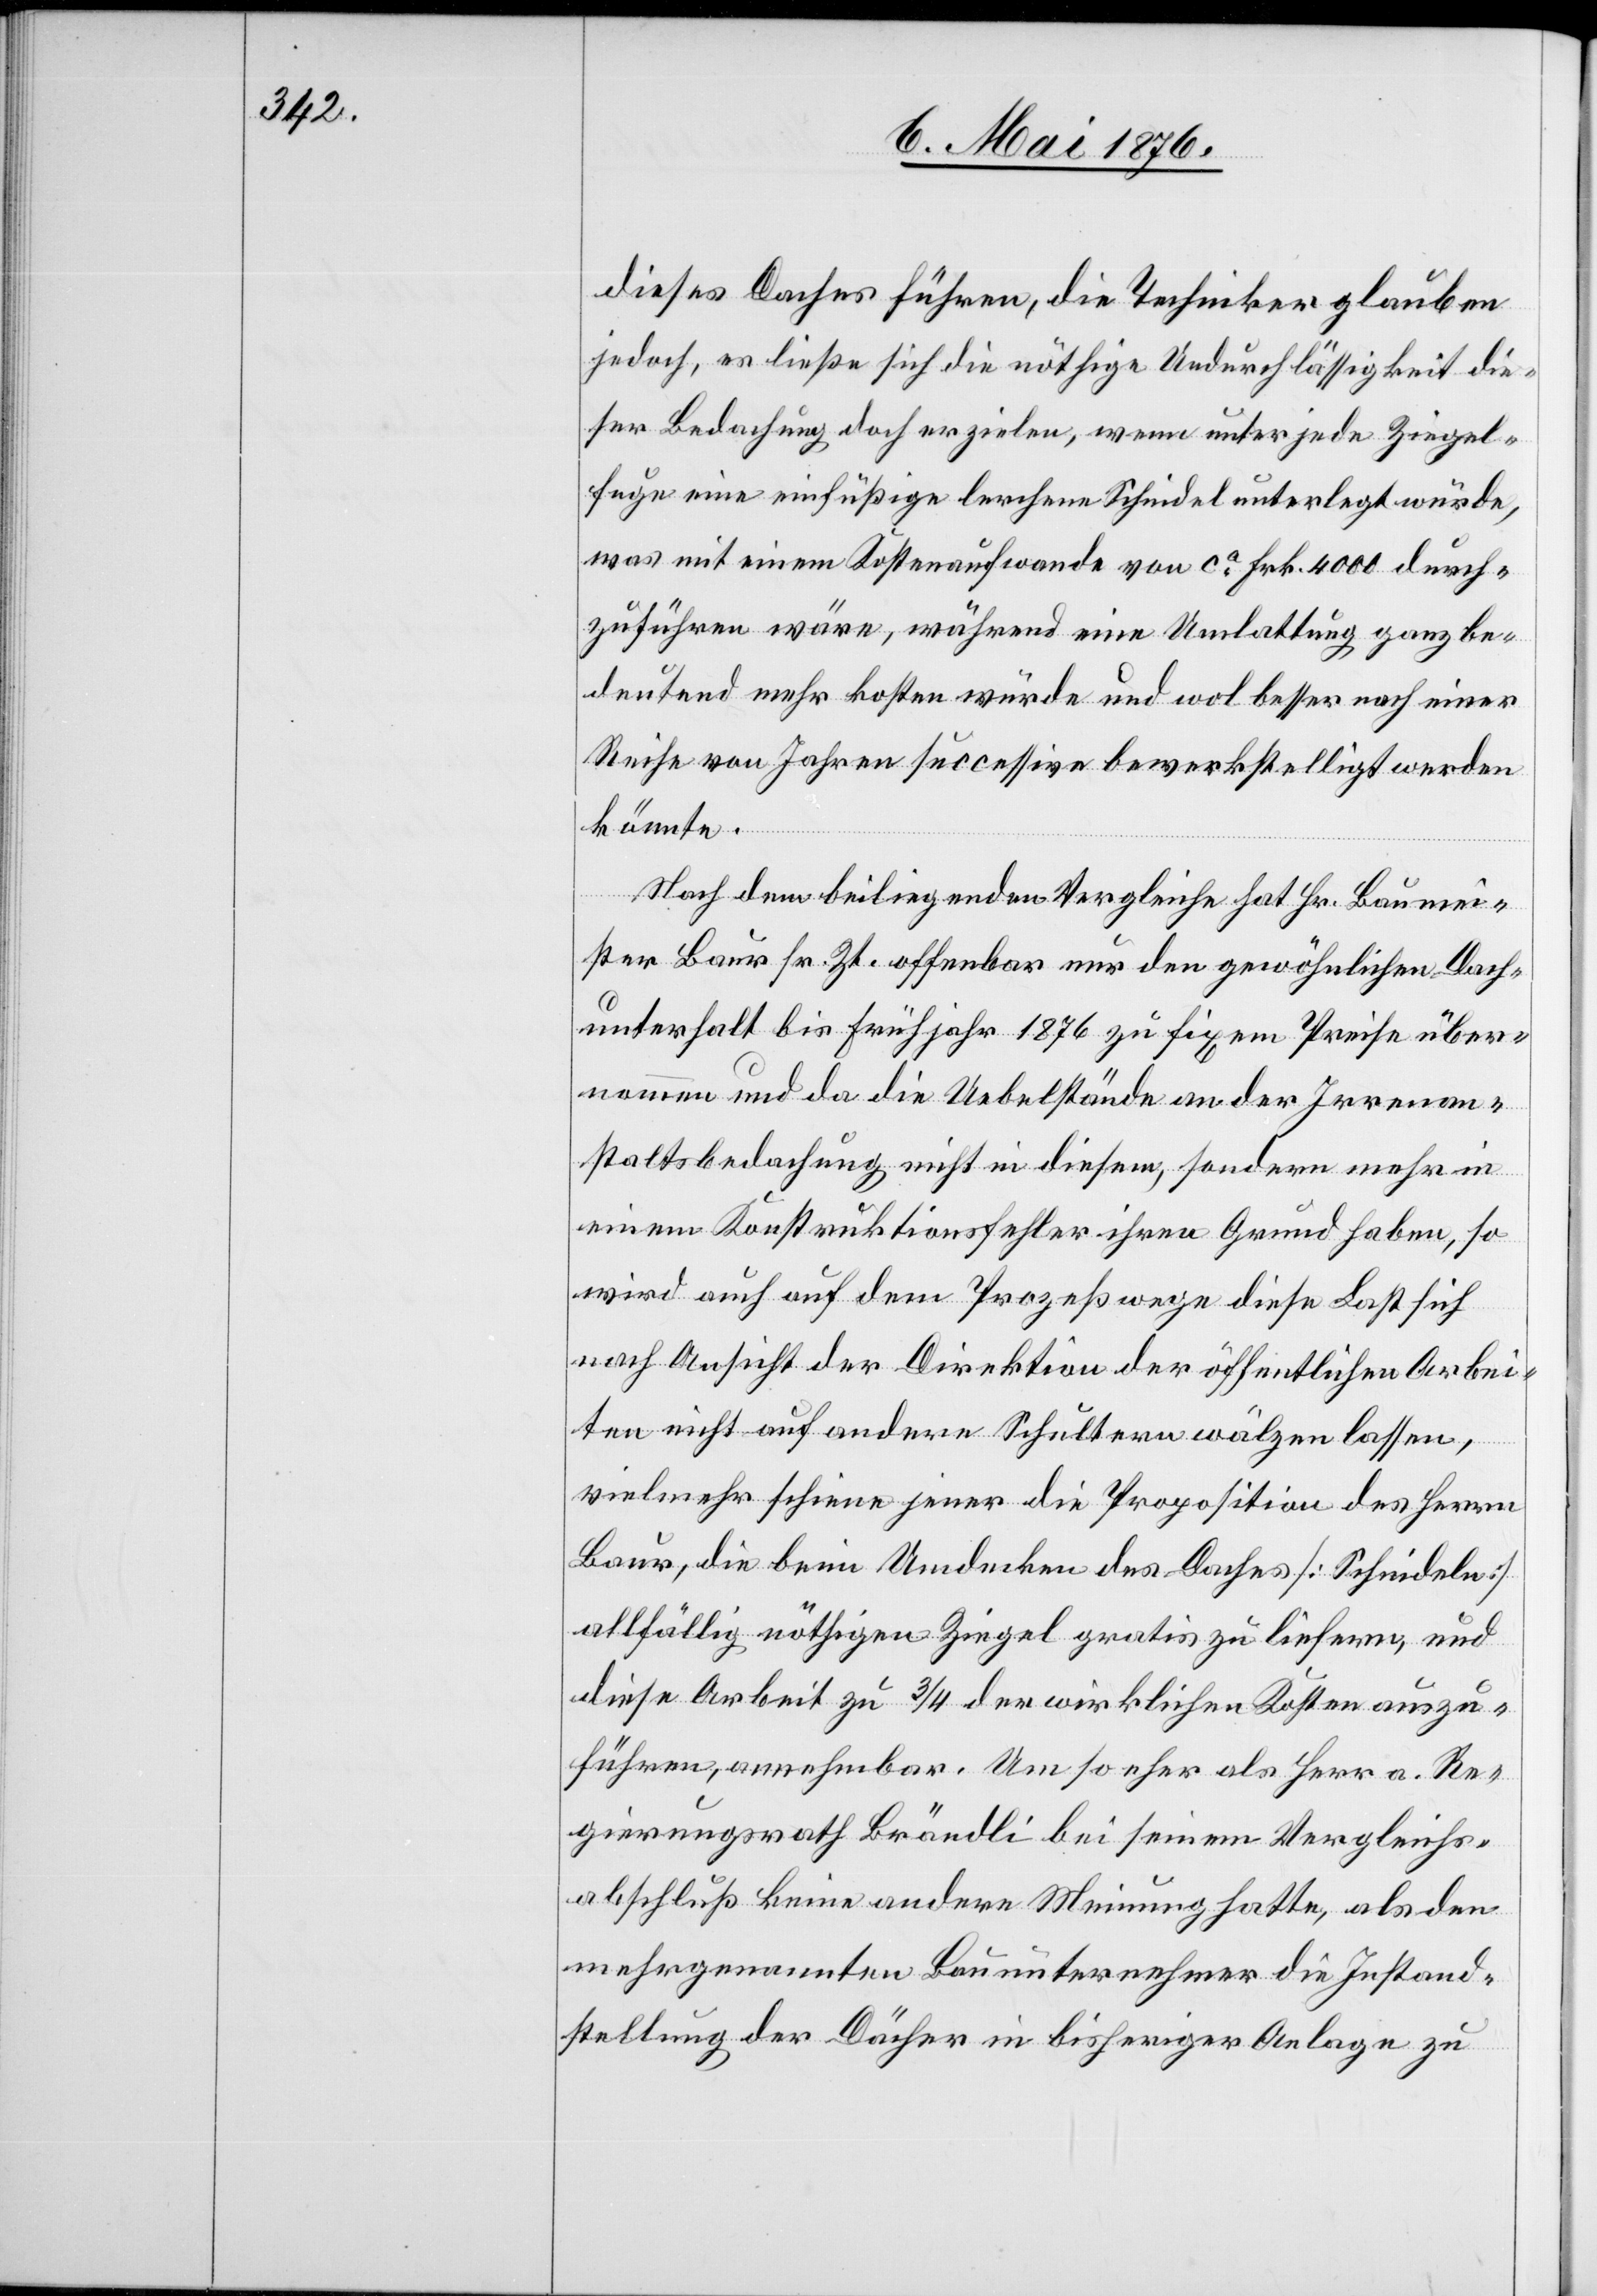
dieses Daches führen, die Techniker glauben
jedoch, es ließe sich die nöthige Undurchlässigkeit die¬
ser Bedachung doch erzielen, wenn unter jede Ziegel¬
fuge eine einfüßige lerchene Schindel unterlegt würde,
was mit einem Kostenaufwande von ca Frk. 4000 durch¬
zuführen wäre, während eine Umlattung ganz be¬
deutend mehr kosten würde und wol besser nach einer
Reihe von Jahren successive bewerkstelligt werden
könnte.
Nach dem beiliegenden Vergleiche hat Hr. Baumei¬
ster Baur sr. Zt. offenbar nur den gewöhnlichen Dach¬
unterhalt bis Frühjahr 1876 zu fixem Preise über¬
nommen und da die Uebelstände an der Irrenan¬
staltsbedachung nicht in diesem, sondern mehr in
einem Konstruktionsfehler ihren Grund haben, so
wird auch auf dem Prozeßwege diese Last sich
nach Ansicht der Direktion der öffentlichen Arbei¬
ten nicht auf andere Schultern wälzen lassen,
vielmehr scheine jener die Proposition des Herrn
Baur, die beim Umdecken des Daches [Schindeln]
allfällig nöthigen Ziegel gratis zu liefern, und
diese Arbeit zu 3/4 der wirklichen Kosten auszu¬
führen, annehmbar. Um so eher als Herr a. Re¬
gierungsrath Brändli bei seinem Vergleichs¬
abschluß keine andere Meinung hatte, als den
mehrgenannten Bauunternehmer die Instand¬
stellung der Dächer in bisheriger Anlage zu